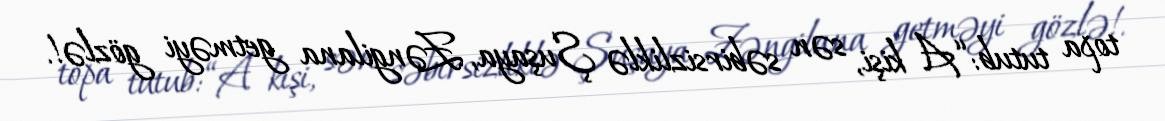
topa tutub: “A kişi, sən səbirsizliklə Şuşaya, Zəngilana getməyi gözlə!.